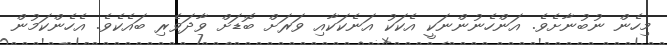
މިހެން ނުބުނާށެވެ. އަންހެނުންނަކީ އެކަކު އަނެކަކާއި ވަރަށް ބޮޑަށް ވާދަވެރި ބައެކެވެ. އެހެންކަމުން